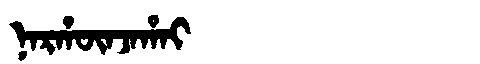
Manchu: ᠨᠠᡵᡥᡡᠨᠵᠠᡥᠠᡳ
Romanization: NARHŪNJAHAI